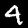
Digit: 4